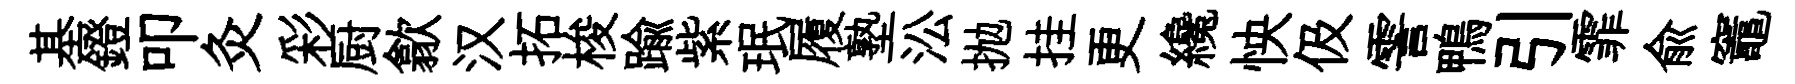
基鐙叩灸彩厨歙汉拓梭踰紫珉履塾㳂抛挂更纔怏伋霅鴨引霏兪竈